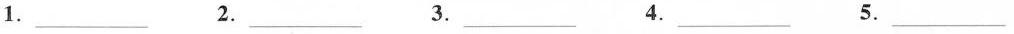
1.___ 2.___ 3.___ 4.___ 5. ___